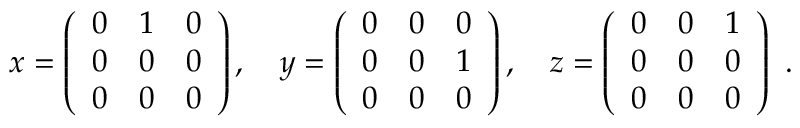
x = \left( { \begin{array} { c c c } { 0 } & { 1 } & { 0 } \\ { 0 } & { 0 } & { 0 } \\ { 0 } & { 0 } & { 0 } \end{array} } \right) , \quad y = \left( { \begin{array} { c c c } { 0 } & { 0 } & { 0 } \\ { 0 } & { 0 } & { 1 } \\ { 0 } & { 0 } & { 0 } \end{array} } \right) , \quad z = \left( { \begin{array} { c c c } { 0 } & { 0 } & { 1 } \\ { 0 } & { 0 } & { 0 } \\ { 0 } & { 0 } & { 0 } \end{array} } \right) ~ . \quad